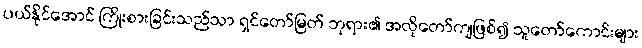
ပယ်နိုင်အောင် ကြိုးစားခြင်းသည်သာ ရှင်တော်မြတ် ဘုရား၏ အလိုတော်ကျဖြစ်၍ သူတော်ကောင်းများ